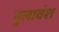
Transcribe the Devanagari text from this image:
गुलावंश